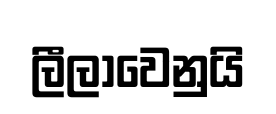
ලීලාවෙනුයි